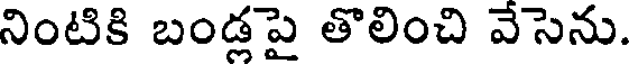
నింటికి బండ్లపై తొలించి వేసెను.